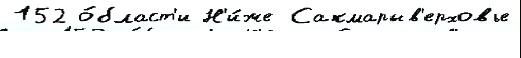
152 о́бласт'и Н'и́же Сакмарыв'ерховье